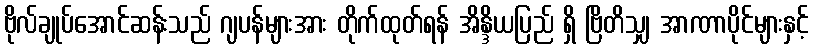
ဗိုလ်ချုပ်အောင်ဆန်းသည် ဂျပန်များအား တိုက်ထုတ်ရန် အိန္ဒိယပြည် ရှိ ဗြိတိသျှ အာဏာပိုင်များနှင့်